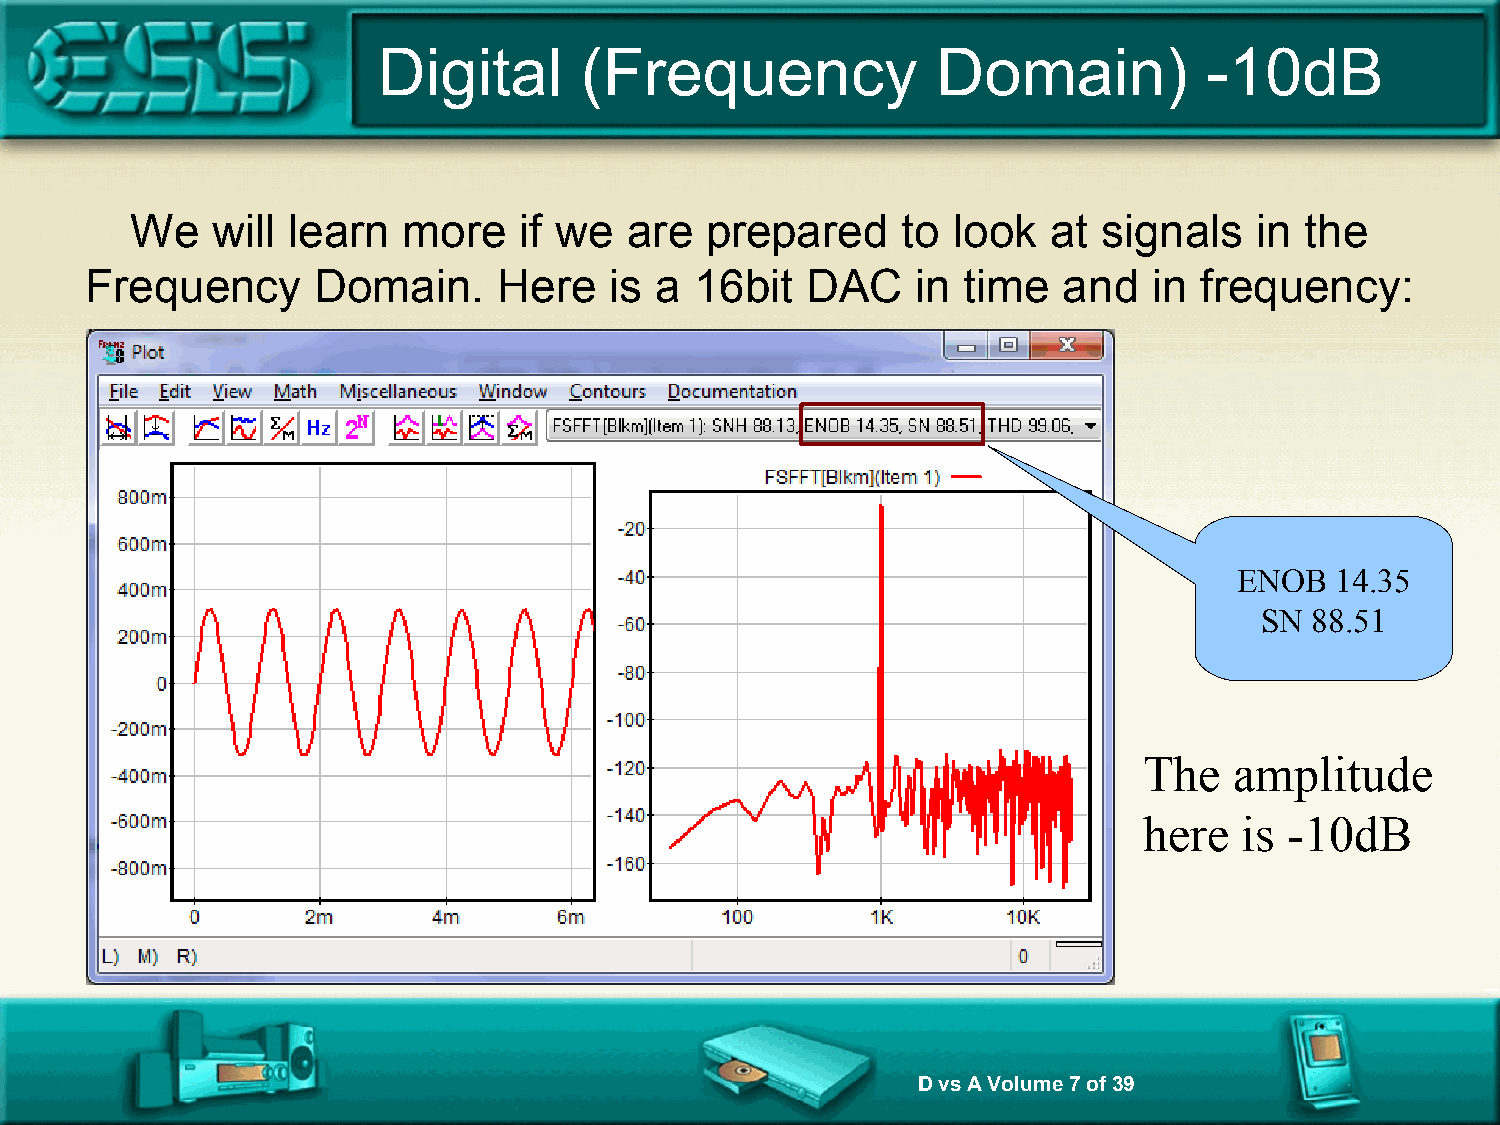
Digital      (Frequency              Domain)           -10dB
 We   will learn   more   if we  are   prepared     to look   at signals   in the
 Frequency      Domain.     Here   is a  16bit  DAC     in time  and   in frequency:
 ENOB  14.35
 SN  88.51
 The   amplitude
 here  is -10dB
 D vs A Volume 7 of 39